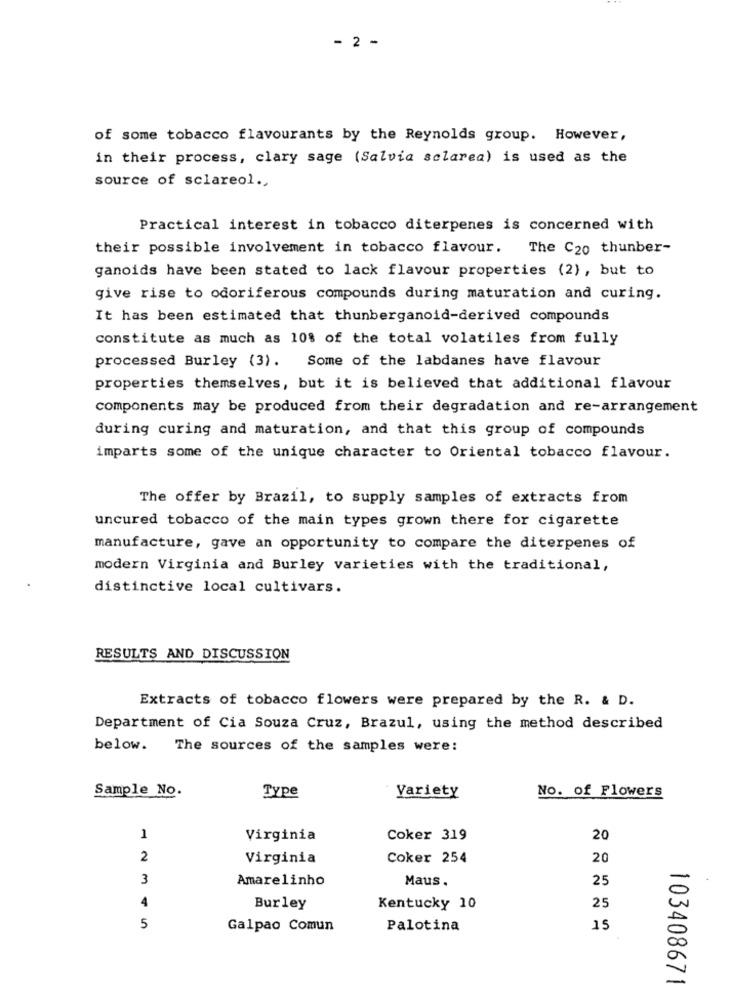
- 2 -
of some tobacco flavourants by the Reynolds group. However,
in their process, clary sage (Salvia sclarea) is used as the
source of sclareol ..
Practical interest in tobacco diterpenes is concerned with
their possible involvement in tobacco flavour.
The C20 thunber-
ganoids have been stated to lack flavour properties (2), but to
give rise to odoriferous compounds during maturation and curing.
It has been estimated that thunberganoid-derived compounds
constitute as much as 10% of the total volatiles from fully
processed Burley (3). Some of the labdanes have flavour
properties themselves, but it is believed that additional flavour
components may be produced from their degradation and re-arrangement
during curing and maturation, and that this group of compounds
imparts some of the unique character to Oriental tobacco flavour.
The offer by Brazil, to supply samples of extracts from
uncured tobacco of the main types grown there for cigarette
manufacture, gave an opportunity to compare the diterpenes of
modern Virginia and Burley varieties with the traditional,
distinctive local cultivars.
RESULTS AND DISCUSSION
Extracts of tobacco flowers were prepared by the R. & D.
Department of Cia Souza Cruz, Brazul, using the method described
below. The sources of the samples were:
Sample No.
No. of Flowers
Type
Variety
1
Virginia
Coker 319
20
2
Virginia
Coker 254
20
3
Amarelinho
Maus.
25
4
Burley
Kentucky 10
25
5
Galpao Comun
Palotina
15
103408671